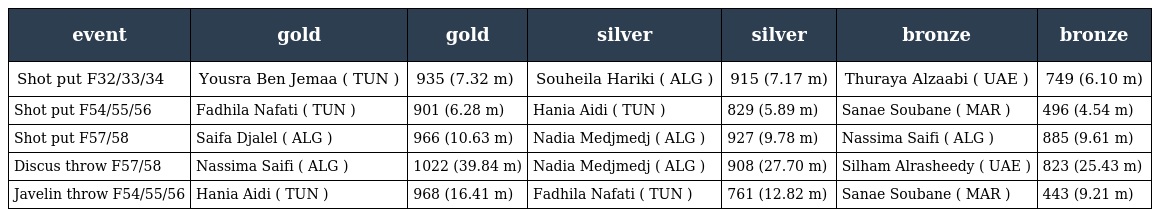
| event | gold | gold | silver | silver | bronze | bronze |
 | --- | --- | --- | --- | --- | --- | --- |
 | Shot put F32/33/34 | Yousra Ben Jemaa ( TUN ) | 935 (7.32 m) | Souheila Hariki ( ALG ) | 915 (7.17 m) | Thuraya Alzaabi ( UAE ) | 749 (6.10 m) |
 | Shot put F54/55/56 | Fadhila Nafati ( TUN ) | 901 (6.28 m) | Hania Aidi ( TUN ) | 829 (5.89 m) | Sanae Soubane ( MAR ) | 496 (4.54 m) |
 | Shot put F57/58 | Saifa Djalel ( ALG ) | 966 (10.63 m) | Nadia Medjmedj ( ALG ) | 927 (9.78 m) | Nassima Saifi ( ALG ) | 885 (9.61 m) |
 | Discus throw F57/58 | Nassima Saifi ( ALG ) | 1022 (39.84 m) | Nadia Medjmedj ( ALG ) | 908 (27.70 m) | Silham Alrasheedy ( UAE ) | 823 (25.43 m) |
 | Javelin throw F54/55/56 | Hania Aidi ( TUN ) | 968 (16.41 m) | Fadhila Nafati ( TUN ) | 761 (12.82 m) | Sanae Soubane ( MAR ) | 443 (9.21 m) |